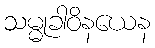
သမ္မုခါဝိနယေန